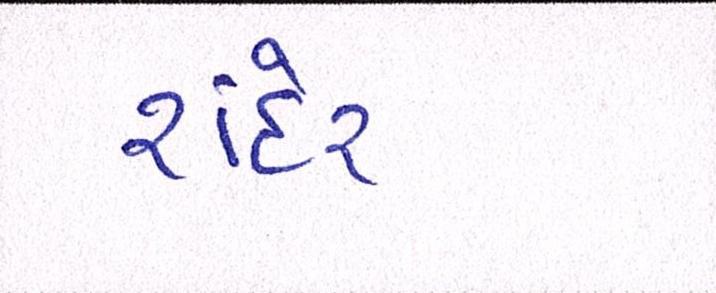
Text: રાંદેર